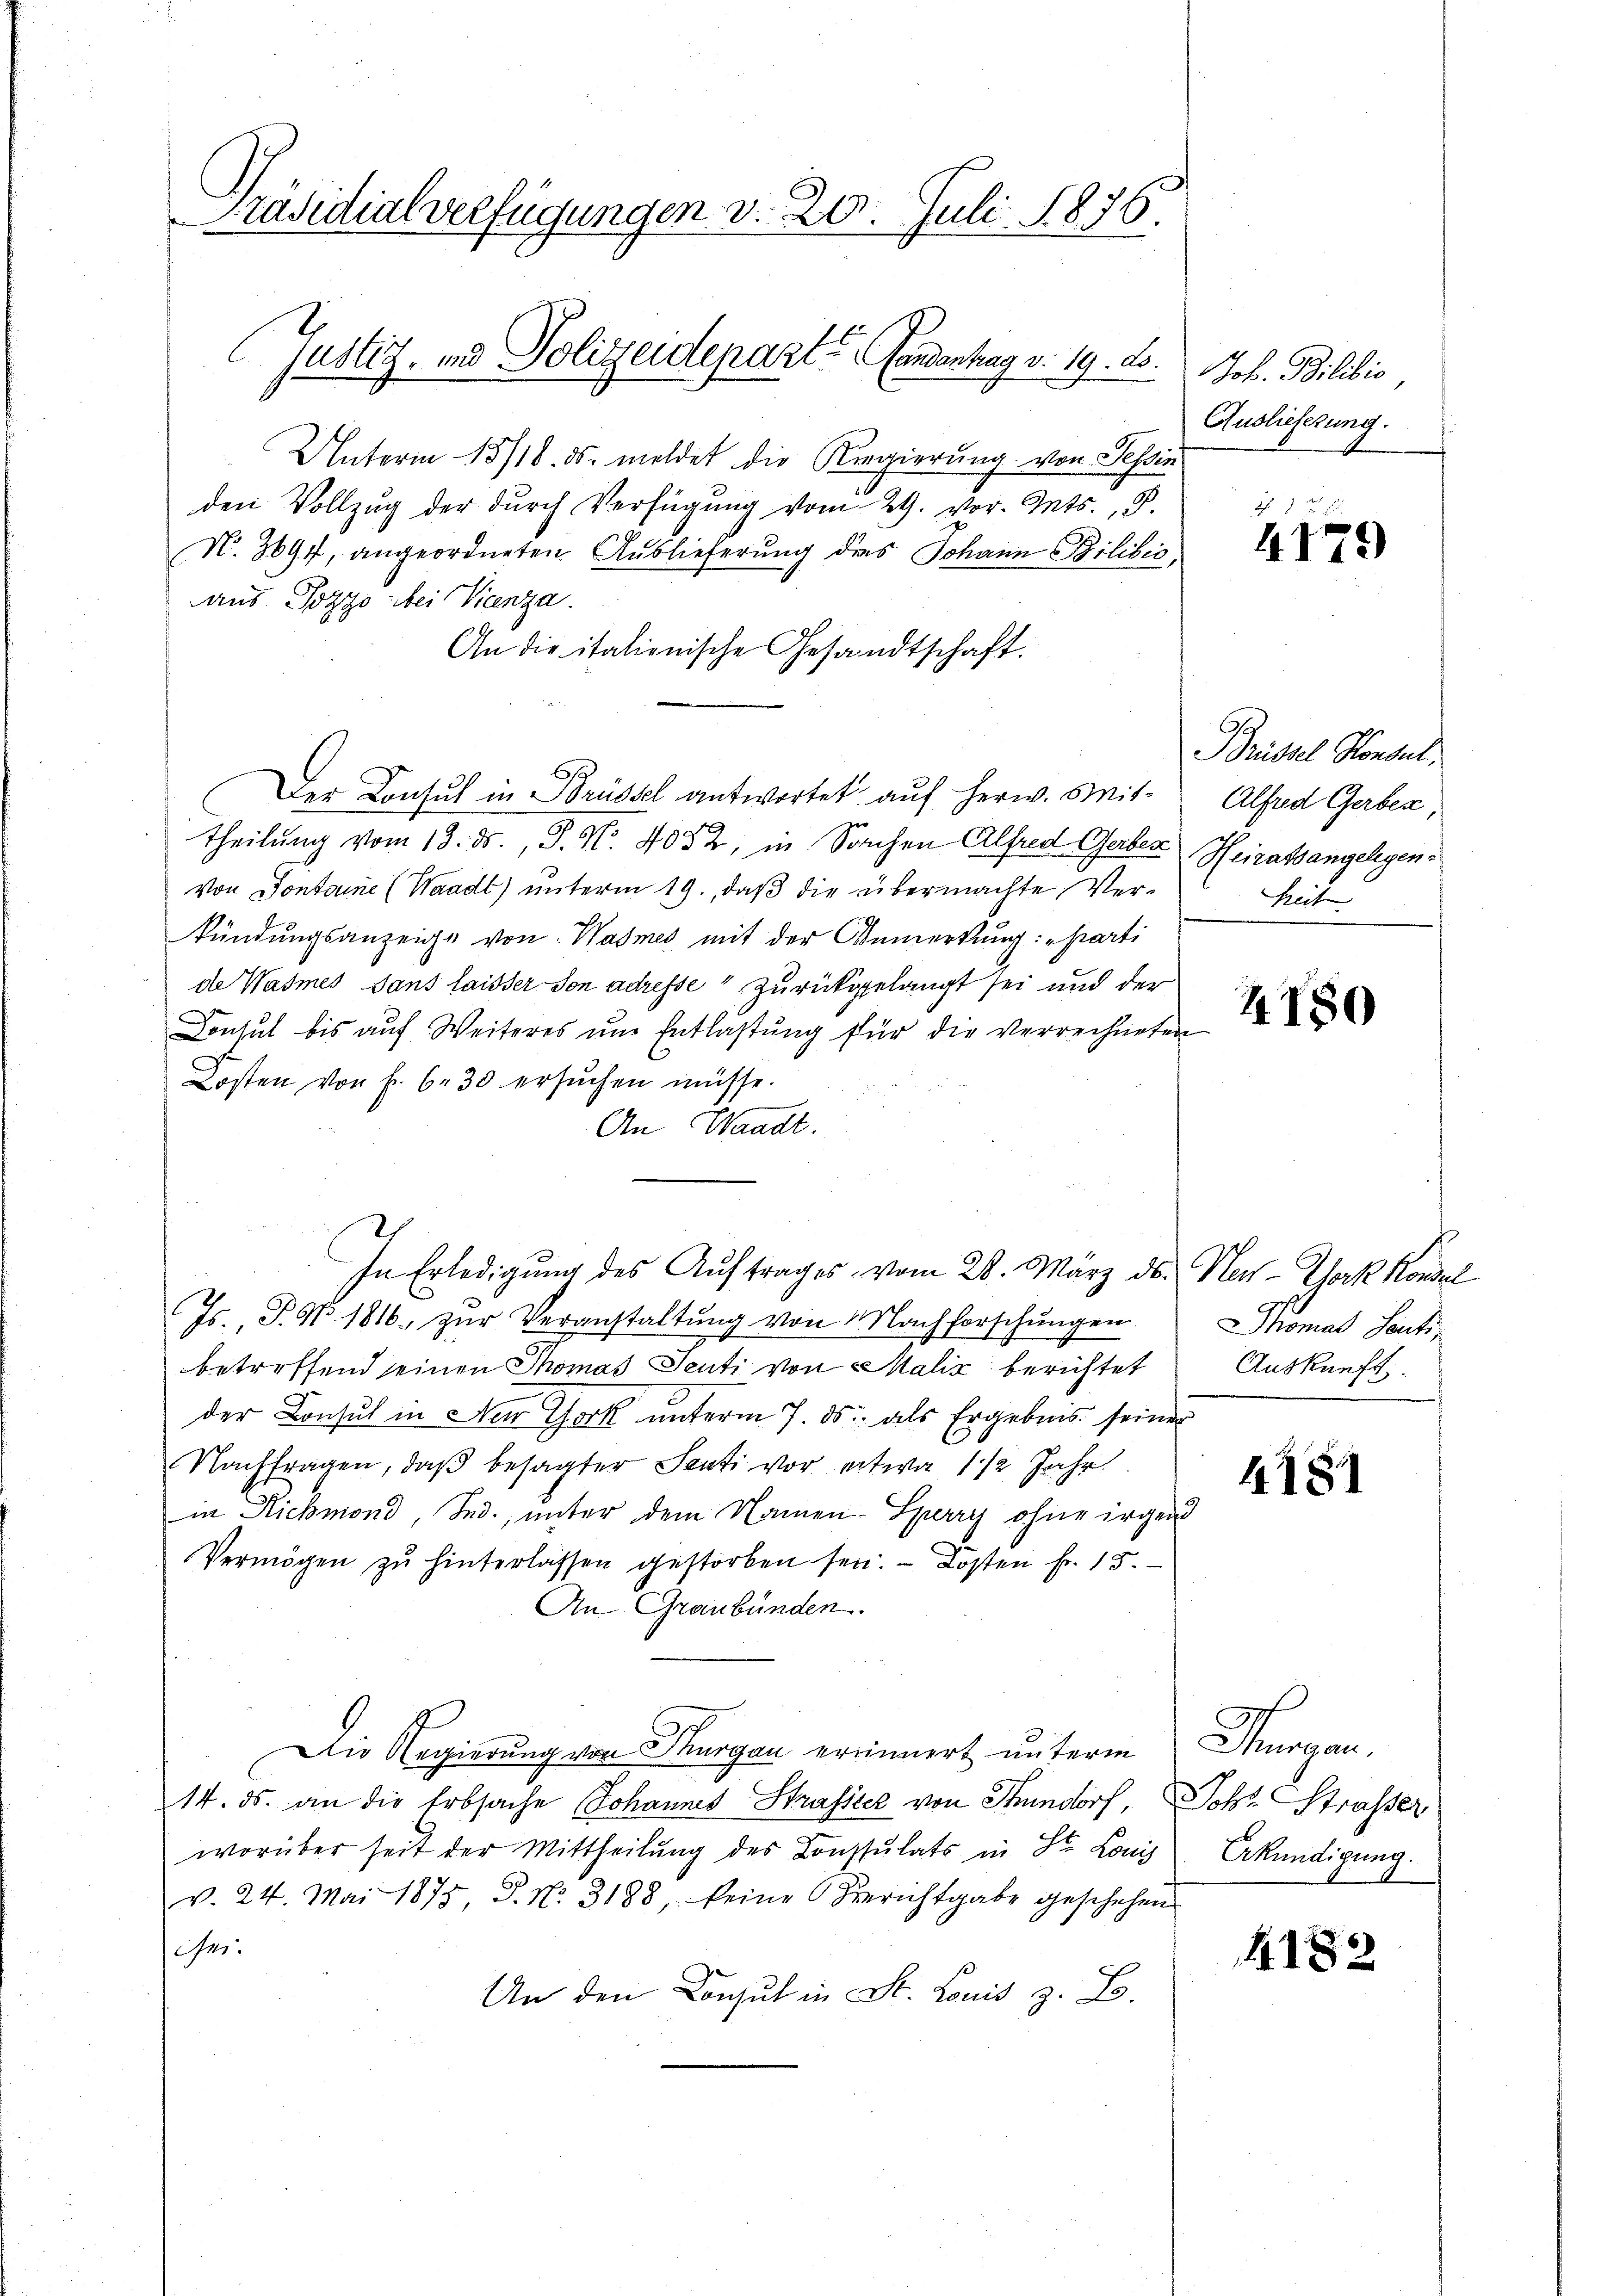
Präsidialverfügungen v. 20. Juli 1876.
Justiz- und Polizeideparte Handenhag v. 19. ds.

Unterm 15/18. ds. meldet die Kregierung von Tessin
den Vollzug der durch Verfügung vom 29. vor. Mts., d.
N. 3694, angeordneten Auslieferung des Johann Bilibić,
aus Pozzo bei Vicenza.
An die italienische Gesandtschaft.
6f
Der Konsul in Brüssel antwortet auf herw. Mittheilung vom 18. ds., S. Nr. 4082, in Sachen Alfred Gerber Heiratsangelegen-
Von Pontone (Waadt) unterm 19., daß die übermachte Verkündungsanzeige von Wasmes mit der Anmerkung: „parti
de Wasmes sans laisser son adresse zurückgelangt sei und der
Consul bis aŭf Weiteres um Entlastŭng für die verrechneten
Kosten von f. 630 ersŭchen müsse.
An Waadt.
In Erledigung des Auftrages vom 28. März ds. Nat-York Konsel
Is P. Nr. 1816. zŭr Veranstaltung von Nachforschŭngen
betreffend seinen Thomas Senti von Malić berichtet
der Consul in den Chork unterm 7. ds. als Ergebnis seiner
Nachfragen, daβ besagter Senti vor etwa 1/2 Jahr
in Rickmond, Sed., unter dem Namen Surry ohne irgend
Vermögen zŭ hinterlassen gestorben sei. - Kosten fr. 15.
An Graubünden.
Die Regierung von Thurgau errinnert unterm Thurgau,
14. ds. an die Erbsache Johannes Strassier von Stundorf, Sohne Strasser
worüber seit der Mittheilung des Consulats in St. Lonis
v. 24. Mai 1875 P. No. 3188, seine Berichtgabe geschehen
Ani.
An den Consul in St. Louis z. B.

Job. Bilibis
Auslieferung.

4179

Brüssel Konsul
Alfred Gerber,
heit.

4180

Thomas Senti
Auskunft.

4181

Erkündigung.

1182